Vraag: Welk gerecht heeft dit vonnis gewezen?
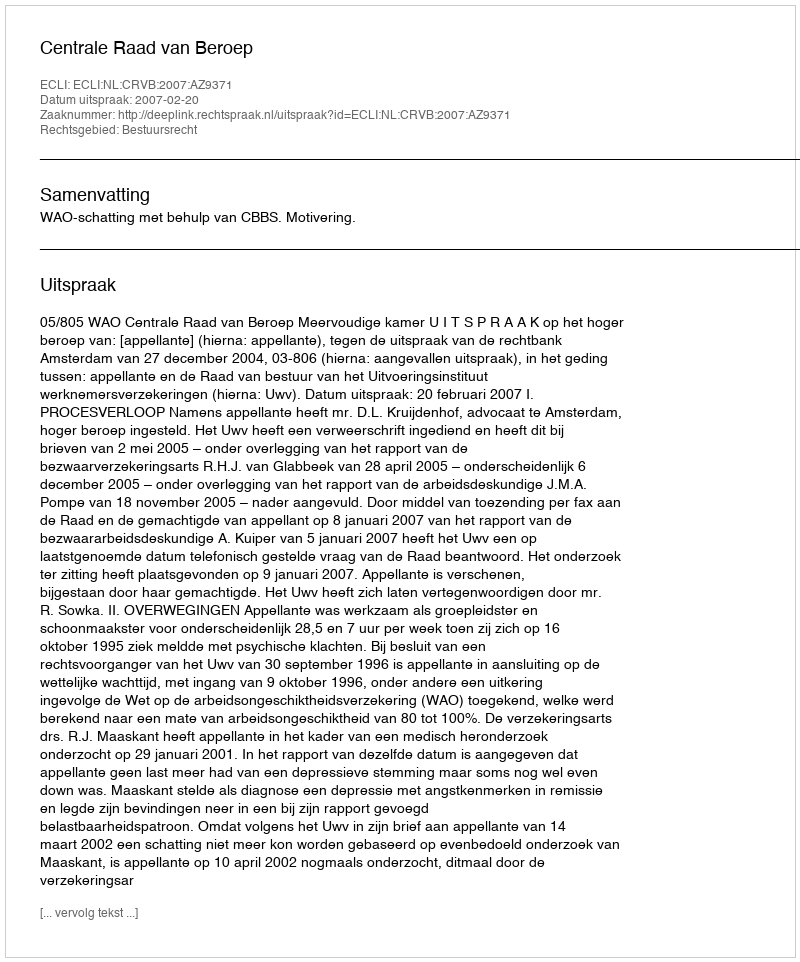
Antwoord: Centrale Raad van Beroep